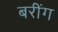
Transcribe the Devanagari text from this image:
बरींग